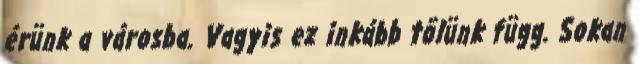
érünk a városba. Vagyis ez inkább tõlünk függ. Sokan